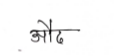
मजकूर: औद